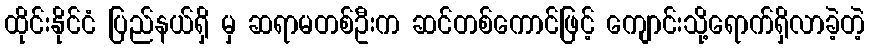
ထိုင်းနိုင်ငံ ပြည်နယ်ရှိ မှ ဆရာမတစ်ဦးက ဆင်တစ်ကောင်ဖြင့် ကျောင်းသို့ရောက်ရှိလာခဲ့တဲ့